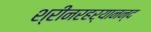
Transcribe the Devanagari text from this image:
श्रीनरहर्यानन्द